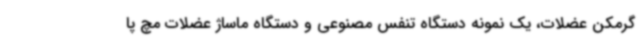
گرمکن عضلات، یک نمونه دستگاه تنفس مصنوعی و دستگاه ماساژ عضلات مچ پا